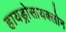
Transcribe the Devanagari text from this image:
हायड्रोसायक्लोन